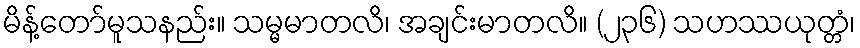
မိန့်တော်မူသနည်း။ သမ္မမာတလိ၊ အချင်းမာတလိ။ (၂၃၆) သဟဿယုတ္တံ၊